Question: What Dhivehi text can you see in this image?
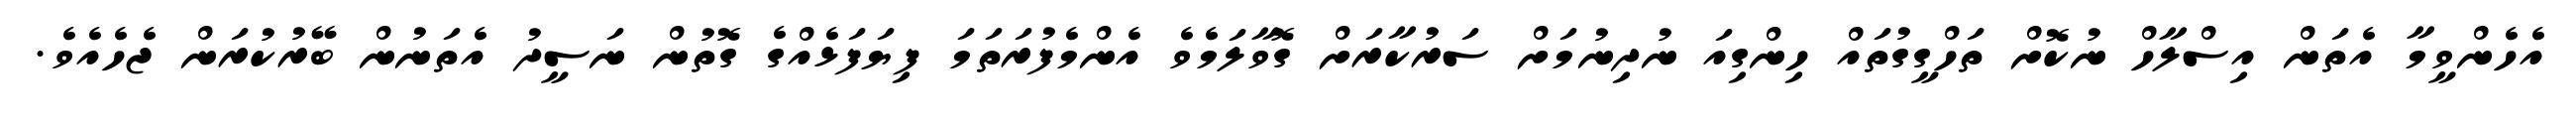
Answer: އެހެންވީމާ އެތަން އިސްލާހް ނުކޮށް ތަހްގީގުތައް ހިންގިއަ ނުދިނުމަށް ސަރުކާރަށް ގޮވާލަމެވެ އެންމެފުރަތަމަ ފިޔަފަޅެއްގެ ގޮތުން ނަސީދު އެތަނުން ބޭރުކުރަން ޖެހެއެވެ.